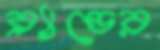
ব্র্যান্ডের